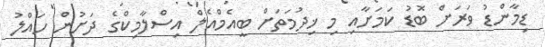
ޑިމާންޑު ވަރަށް ބޮޑު ކަމަށާއި މި ޚިދުމަތަށް ބީއެމްއެލް އިސްލާމިކްގެ ދަށުން ހައްލު